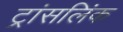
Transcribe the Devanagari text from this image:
ट्रांसलिंक